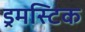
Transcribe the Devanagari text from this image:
ड्रमस्टिक